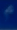
4